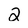
Character: 2